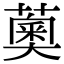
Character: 薁